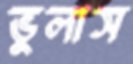
ভুলাস